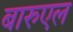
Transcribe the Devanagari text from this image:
बारुएल